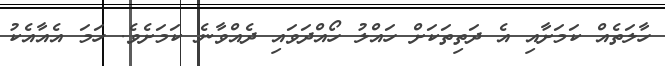
ހާލަތެއް ކަމަށާއި އެ ދަތިތަކަށް ހައްލު ހޯއްދަވައި ދެއްވާނެ ކަމަށެވެ. ހަމަ އެއާއެކު